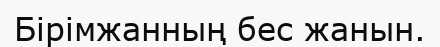
Бірімжанның бес жанын.